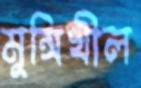
মুন্সিখীল